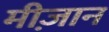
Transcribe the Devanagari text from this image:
मीज़ान